Papers set at the Examination for Leaving Certificates, 1893
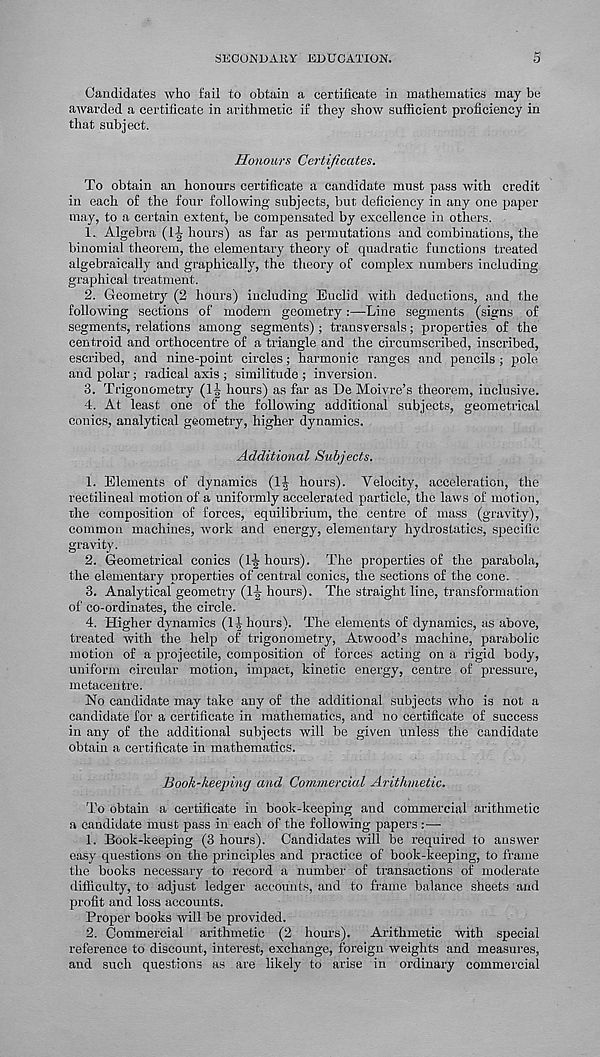
SECONDARY EDUCATION.
s
Candidates who fail to obtain a certificate in mathematics may be
awarded a certificate in arithmetic if they show sufficient proficiency in
that subject.
Honours Certificates.
To obtain an honours certificate a candidate must pass with credit
in each of the four following subjects, but deficiency in any one paper
may, to a certain extent, be compensated by excellence in others.
1. Algebra (1-| hours) as far as permutations and combinations, the
binomial theorem, the elementary theory of quadratic functions treated
algebraically and graphically, the theory of complex numbers including
graphical treatment.
2. Geometry (2 hours) including Euclid with deductions, and the
following sections of modern geometry:—Line segments (signs of
segments, relations among segments) ; transversals; properties of the
centroid and orthocentre of a triangle and the circumscribed, inscribed,
escribed, and nine-point circles; harmonic ranges and pencils; pole
and polar; radical axis ; similitude ; inversion.
3. Trigonometry (1| hours) as far as De Moivre’s theorem, inclusive.
4. At least one of the following additional subjects, geometrical
conics, analytical geometry, higher dynamics.
Additional Subjects.
1. Elements of dynamics (1^ hours). Velocity, acceleration, the
rectilineal motion of a uniformly accelerated particle, the laws of motion,
the composition of forces, equilibrium, the centre of mass (gravity),
common machines, work and energy, elementary hydrostatics, specific
gravity.
2. Geometrical conics (l-g- hours). The properties of the parabola,
the elementary properties of central conics, the sections of the cone.
3. Analytical geometry (1-g- hours). The straight line, transformation
of co-ordinates, the circle.
4. Higher dynamics (labours). The elements of dynamics, as above,
treated with the help of trigonometry, Atwood’s machine, parabolic
motion of a projectile, composition of forces acting on a rigid body,
uniform circular motion, impact, kinetic energy, centre of pressure,
metacentre.
No candidate may take any of the additional subjects who is not a
candidate for a certificate in mathematics, and no certificate of success
in any of the additional subjects will be given unless the candidate
obtain a certificate in mathematics.
Book-keeping and Commercial Arithmetic.
To obtain a certificate in book-keeping and commercial arithmetic
a candidate must pass in each of the following papers :—
1. Book-keeping (3 hours). Candidates will be required to answer
easy questions on the principles and practice of book-keeping, to frame
the books necessary to record a number of transactions of moderate
difficulty, to adjust ledger accounts, and to frame balance sheets and
profit and loss accounts.
Proper books will be provided.
2. Commercial arithmetic (2 hours). Arithmetic with special
reference to discount, interest, exchange, foreign weights and measures,
and such questions as are likely to arise in ordinary commercial